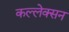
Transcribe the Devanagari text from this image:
कल्लेक्सन